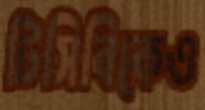
টিসিবিকেও